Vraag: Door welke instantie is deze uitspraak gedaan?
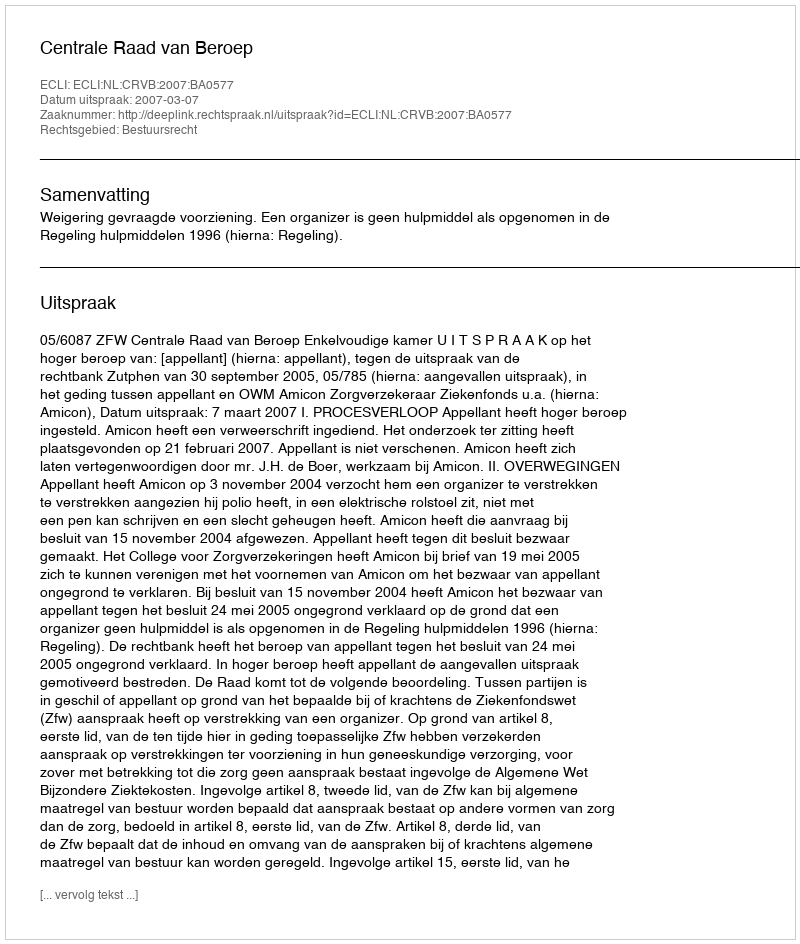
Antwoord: Centrale Raad van Beroep